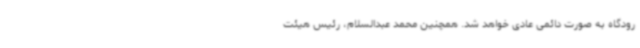
رودگاه به صورت دائمی عادی خواهد شد. همچنین محمد عبدالسلام، رئیس هیئت